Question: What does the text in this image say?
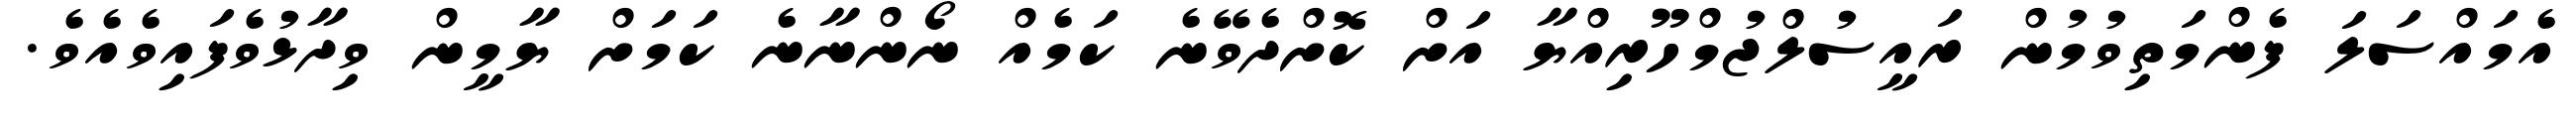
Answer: އެމައްސަލަ ފެންމަތިވުމުން ރައީސުލްޖުމްހޫރިއްޔާ އަށް ކޮށްދެވޭނެ ކަމެއް ނޯންނާނެ ކަމަށް ޔާމީން ވިދާޅުވެފައިވެއެވެ.